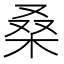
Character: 桑